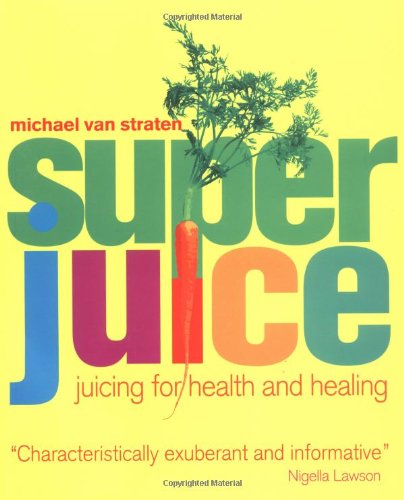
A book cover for Super Juice: Juicing for Health and Healing (Superfoods); Michael van Straten; Cookbooks, Food & Wine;